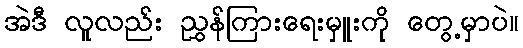
အဲဒီ လူလည်း ညွှန်ကြားရေးမှူးကို တွေ့မှာပဲ။